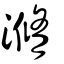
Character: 滫